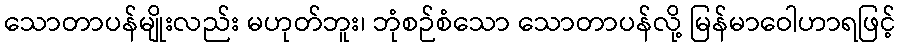
သောတာပန်မျိုးလည်း မဟုတ်ဘူး၊ ဘုံစဉ်စံသော သောတာပန်လို့ မြန်မာဝေါဟာရဖြင့်